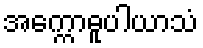
အက္ကောဓူပါယာသံ